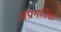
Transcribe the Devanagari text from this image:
अप्रागतिक